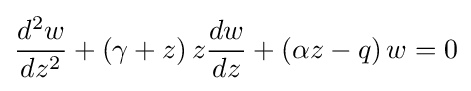
{\frac {d^{2}w}{dz^{2}}}+\left(\gamma +z\right)z{\frac {dw}{dz}}+\left(\alpha z-q\right)w=0